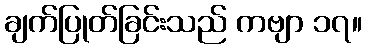
ချက်ပြုတ်ခြင်းသည် ကဗျာ ၁၇။